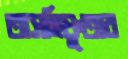
অসহিষ্ণুতার